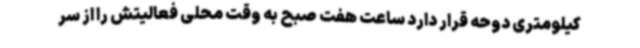
کیلومتری دوحه قرار دارد ساعت هفت صبح به وقت محلی فعالیتش را از سر